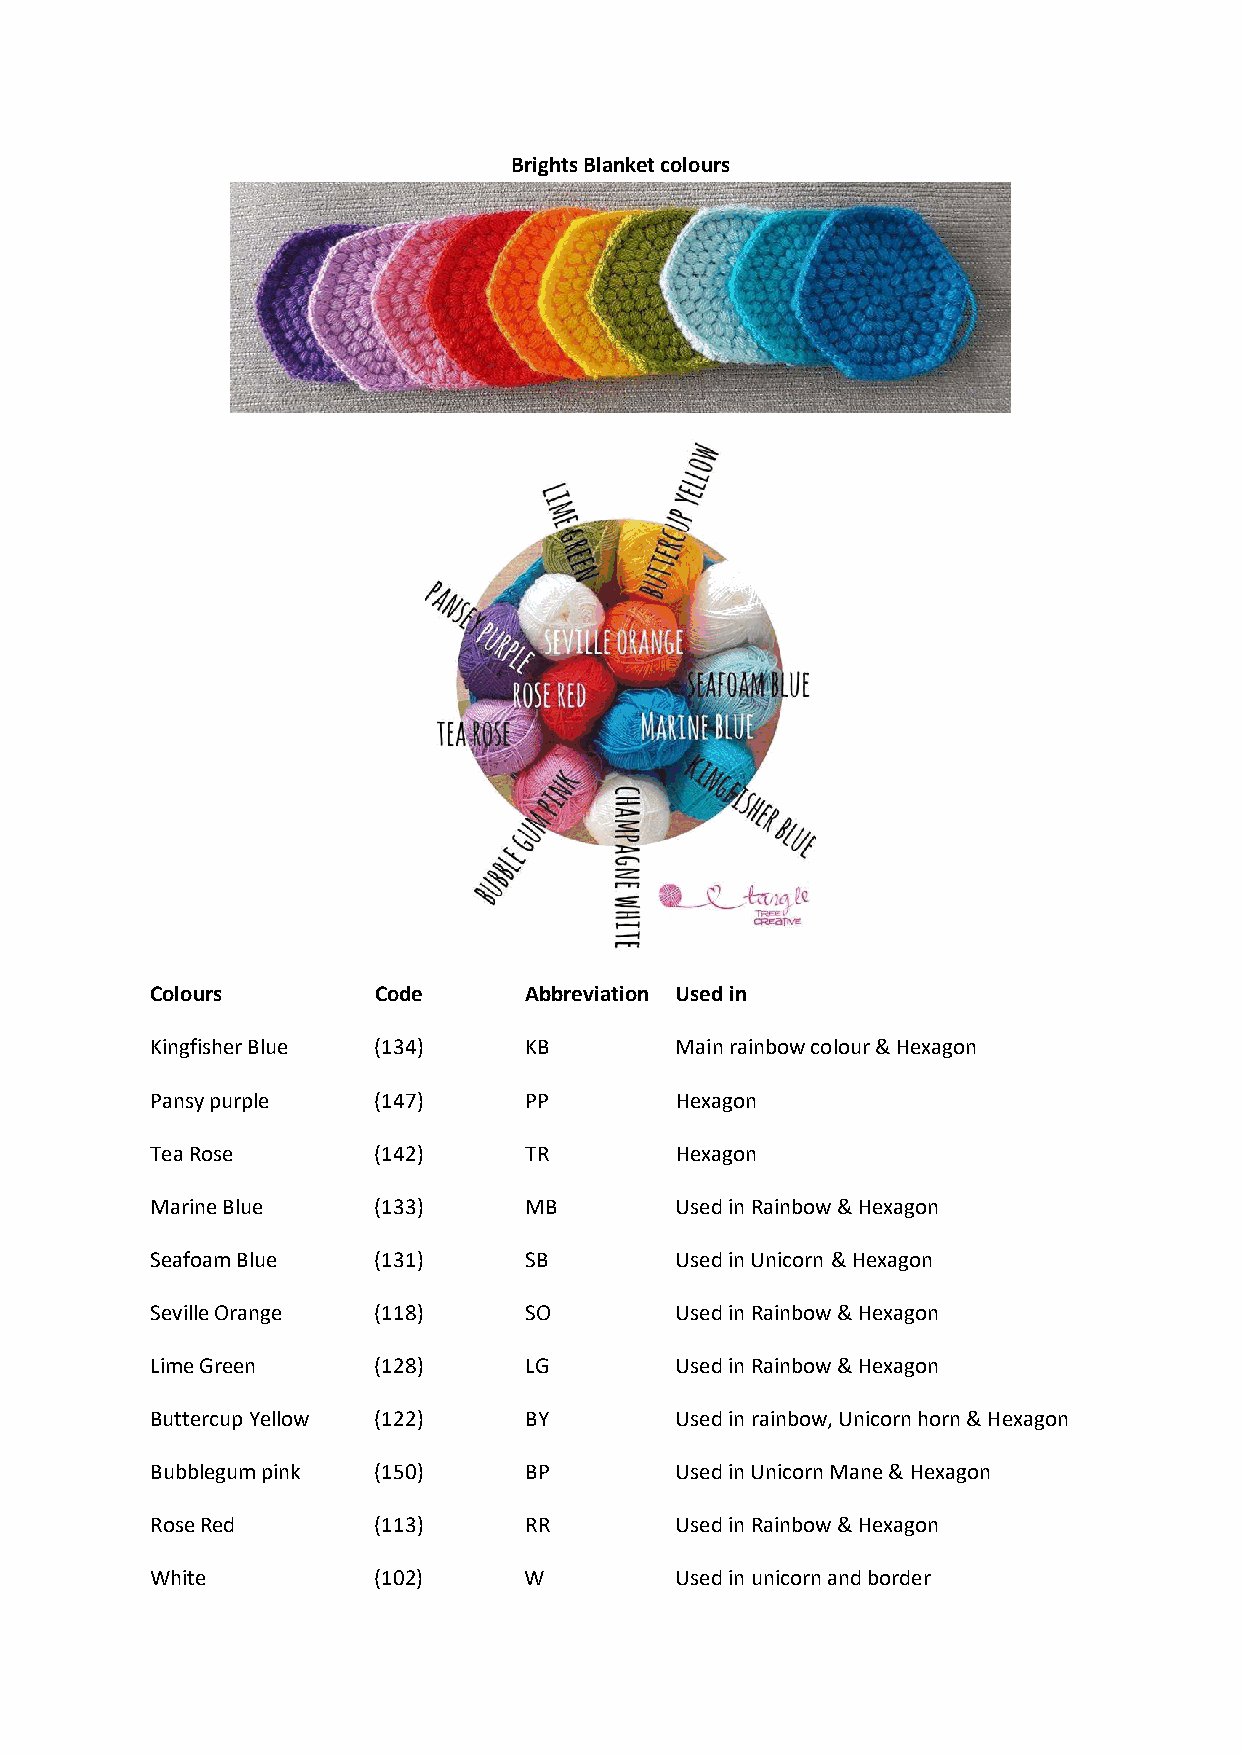
Brights Blanket colours
 Colours        Code      Abbreviation Used in
 Kingfisher Blue (134)    KB        Main rainbow colour & Hexagon
 Pansy purple   (147)     PP        Hexagon
 Tea Rose       (142)     TR        Hexagon
 Marine Blue    (133)     MB        Used in Rainbow & Hexagon
 Seafoam Blue   (131)     SB        Used in Unicorn & Hexagon
 Seville Orange (118)     SO        Used in Rainbow & Hexagon
 Lime Green     (128)     LG        Used in Rainbow & Hexagon
 Buttercup Yellow (122)   BY        Used in rainbow, Unicorn horn & Hexagon
 Bubblegum pink (150)     BP        Used in Unicorn Mane & Hexagon
 Rose Red       (113)     RR        Used in Rainbow & Hexagon
 White          (102)     W         Used in unicorn and border